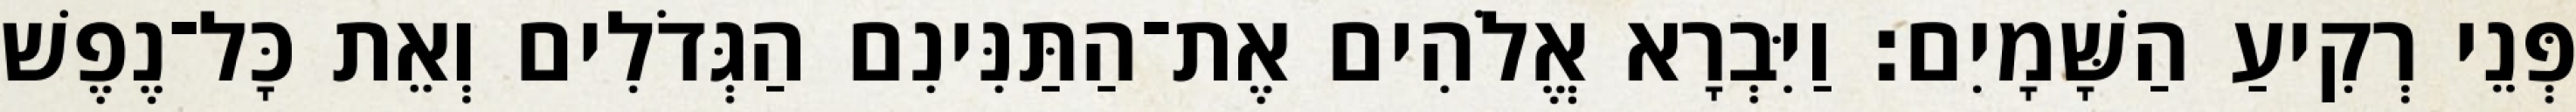
פְּנֵי רְקִיעַ הַשָּׁמָיִם׃ וַיִּבְרָא אֱלֹהִים אֶת־הַתַּנִּינִם הַגְּדֹלִים וְאֵת כָּל־נֶפֶשׁ